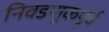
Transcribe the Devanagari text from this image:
निवडणूकपूर्व